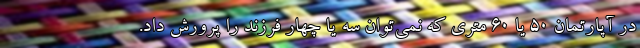
در آپارتمان 50 یا 60 متری که نمی‌توان سه یا چهار فرزند را پرورش داد.